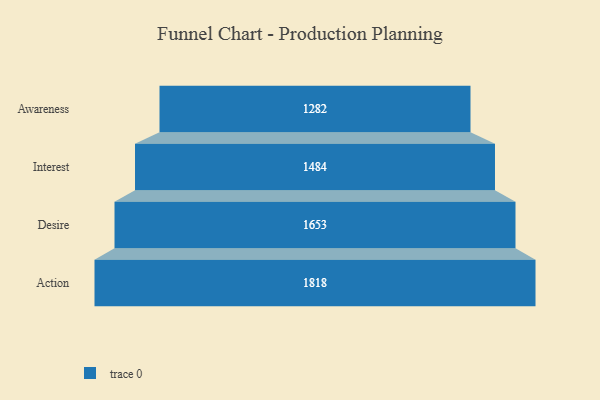
{"axis": {"x": "Stage", "y": "Value"}, "legend": [""], "data": [{"x": "Awareness", "y": 1282.0, "type": ""}, {"x": "Interest", "y": 1484.0, "type": ""}, {"x": "Desire", "y": 1653.0, "type": ""}, {"x": "Action", "y": 1818.0, "type": ""}]}